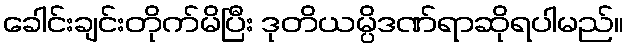
ခေါင်းချင်းတိုက်မိပြီး ဒုတိယမ္ပိဒဏ်ရာဆိုရပါမည်။